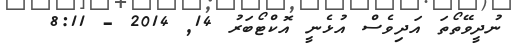
ނުދީވޭތޯތަ އަދިވެސް އުޅެނީ އޮކްޓޯބަރު 14